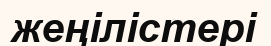
жеңілістері